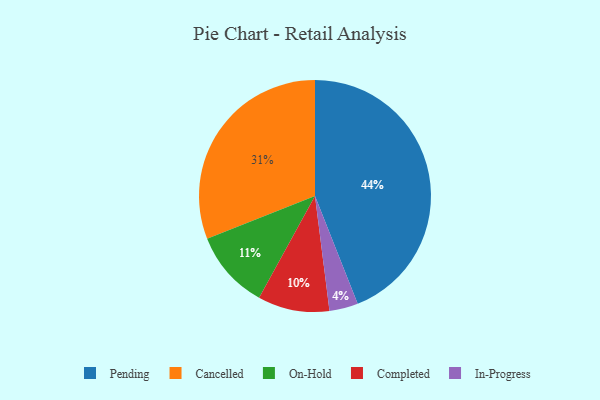
{"axis": {"x": "Category", "y": "Percentage"}, "legend": ["Cancelled", "Completed", "In-Progress", "On-Hold", "Pending"], "data": [{"x": "On-Hold", "y": 11, "type": "On-Hold"}, {"x": "In-Progress", "y": 4, "type": "In-Progress"}, {"x": "Pending", "y": 44, "type": "Pending"}, {"x": "Completed", "y": 10, "type": "Completed"}, {"x": "Cancelled", "y": 31, "type": "Cancelled"}]}